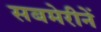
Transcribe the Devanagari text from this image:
सबमेरीनें